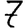
Digit: 7